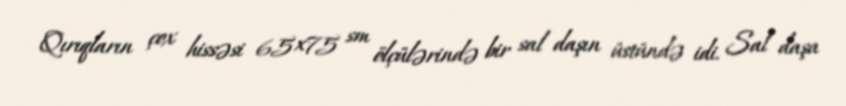
Qırıqların çox hissəsi 65×75 sm ölçülərində bir sal daşın üstündə idi. Sal daşa